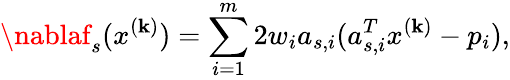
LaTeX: \nablaf_{s}(x^{(\mathbf{k})})=\sum_{i=1}^{m}2w_{i}a_{s,i}(a_{s,i}^{T}x^{(\mathbf{k})}-p_{i}),